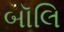
બૉલિ